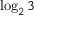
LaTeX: \log _ { 2 } 3